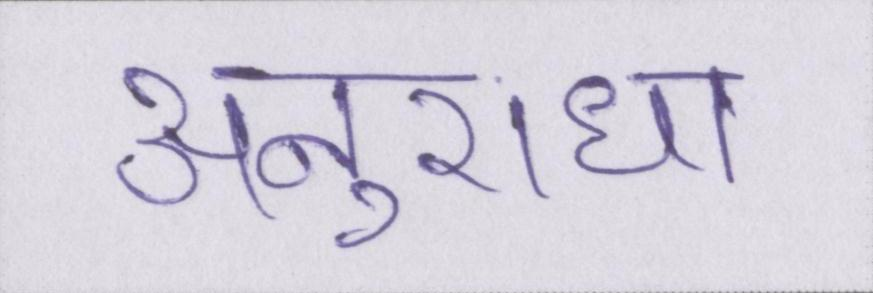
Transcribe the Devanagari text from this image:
अनुराधा